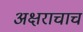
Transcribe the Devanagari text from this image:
अक्षराचाच